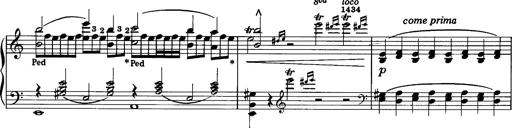
Title: La romanesca
Composer: Franz Liszt